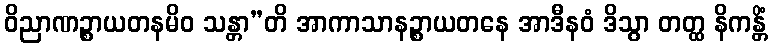
ဝိညာဏဉ္စာယတနမိဝ သန္တာ”တိ အာကာသာနဉ္စာယတနေ အာဒီနဝံ ဒိသွာ တတ္ထ နိကန္တိံ